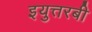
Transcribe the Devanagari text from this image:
इयुत्तरबी